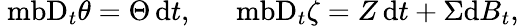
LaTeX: \mathrm{\ mb{D}}_{t}\theta=\Theta\, \mathrm{d}t,\ \quad\mathrm{\ mb{D}}_{t}\zeta=Z\, \mathrm{d}t+\Sigma\mathrm{d}B_{t},